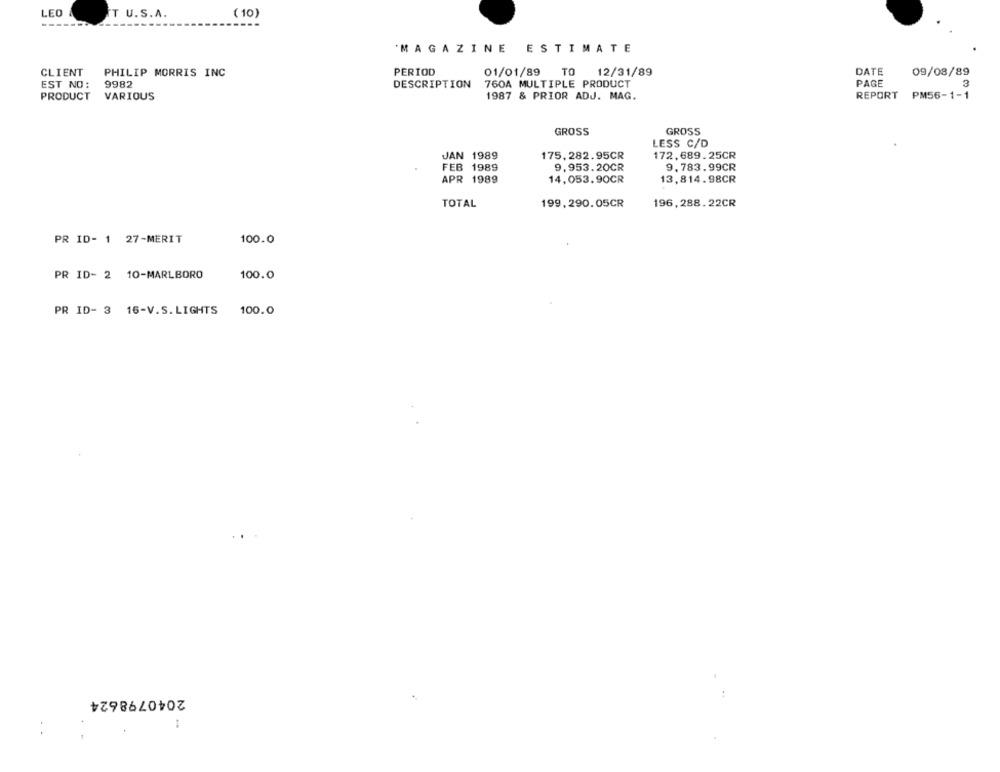
LEO &
FT U.S.A.
(10)
'MAGAZINE ESTIMATE
CLIENT
PHILIP MORRIS INC
PERIOD
01/01/89
TO
12/31/89
DATE
09/08/89
EST NO :
9982
DESCRIPTION
760A MULTIPLE PRODUCT
PAGE
3
PRODUCT
VARIOUS
1987 & PRIOR ADJ. MAG.
REPORT
PM56-1-1
GROSS
GROSS
LESS C/D
JAN 1989
175, 282.95CR
172,689.25CR
FEB 1989
9,953.20CR
9.783.99CR
APR 1989
14,053.90CR
13,814.98CR
TOTAL
199, 290.05CR
196, 288.22CR
PR ID- 1 27-MERIT
100.0
PR ID- 2 10-MARLBORO
100.0
PR ID- 3 16-V.S. LIGHTS
100.0
2040798624